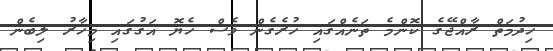
ހިދުމަތް ރާއްޖޭގެ ކޮންމެ ތަނެއްގައި ހުރެގެން ވެސް ހެޔޮ އަގުގައި މިހާރު ލިބެން